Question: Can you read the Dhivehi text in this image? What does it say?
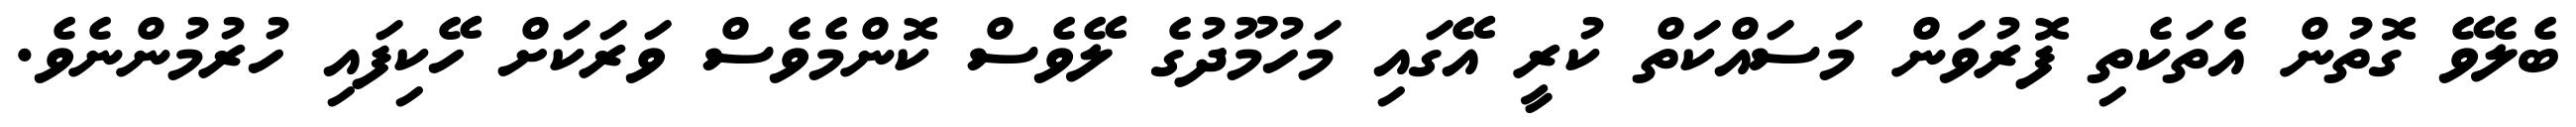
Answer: ބެލެވޭ ގޮތުން އެތަކެތި ފޮރުވަން މަސައްކަތް ކުރީ އޭގައި މަހުމޫދުގެ ލޭވެސް ކޮންމެވެސް ވަރަކަށް ހޭކިފައި ހުރުމުންނެވެ.